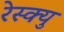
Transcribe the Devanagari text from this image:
रेस्क्यु